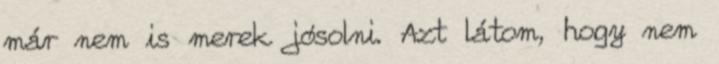
már nem is merek jósolni. Azt látom, hogy nem